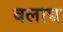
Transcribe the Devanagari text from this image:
बलाद्य